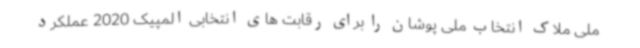
ملی ملاک انتخاب ملی پوشان را برای رقابت های انتخابی المپیک 2020 عملکرد